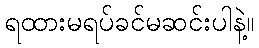
ရထားမရပ်ခင်မဆင်းပါနဲ့။